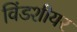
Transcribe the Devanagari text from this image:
विंडशीयर